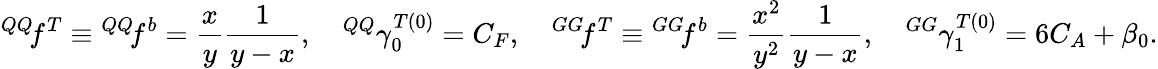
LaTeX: {^{QQ}\! f^{T}}\equiv{^{QQ}\! f^{b}}=\frac{x}{y}\frac{1}{y-x},\quad{^{QQ}\gamma_{0}^{T(0)}}=C_{F},\quad{^{GG}\! f^{T}}\equiv{^{GG}\! f^{b}}=\frac{x^{2}}{y^{2}}\frac{1}{y-x},\quad{^{GG}\gamma_{1}^{T(0)}}=6C_{A}+\beta_{0}.